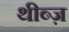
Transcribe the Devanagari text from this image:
थीब्ज़